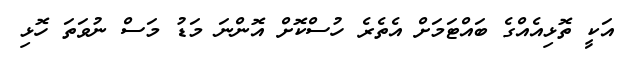
އަކީ ތޮޅިއެއްގެ ބައްޓަމަށް އެތެރެ ހުސްކޮށް އޮންނަ މަޑު މަސް ނުވަތަ ހޮޅި